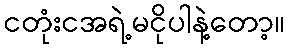
ငတုံးငအရဲ့မငိုပါနဲ့တော့။